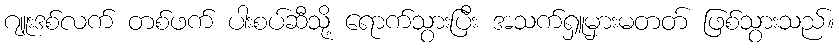
ဂျူးဒစ်လက် တစ်ဖက် ပါးစပ်ဆီသို့ ရောက်သွားပြီး အသက်ရှူမှားမတတ် ဖြစ်သွားသည်။